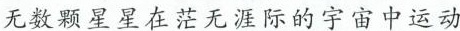
无数颗星星在茫无涯际的宇宙中运动